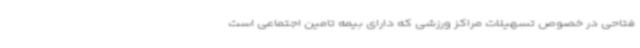
فتاحی در خصوص تسهیلات مراکز ورزشی که دارای بیمه تامین اجتماعی است